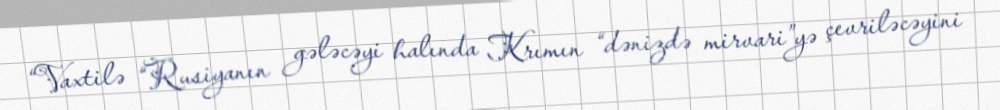
“Vaxtilə “Rusiyanın gələcəyi halında Krımın “dənizdə mirvari”yə çevriləcəyini